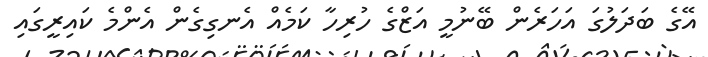
އޭގެ ބަދަލުގަ އަހަރެން ބޭނުމީ އަޒްގެ ހުރިހާ ކަމެއް އެނގިގެން އެންމެ ކައިރީގައި